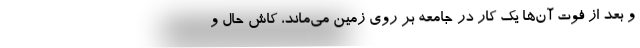
و بعد از فوت آن‌ها یک کار در جامعه بر روی زمین می‌ماند، کاش حال و